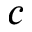
c